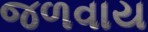
જળવાય